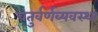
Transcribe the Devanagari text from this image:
चतुर्वर्णव्यवस्था